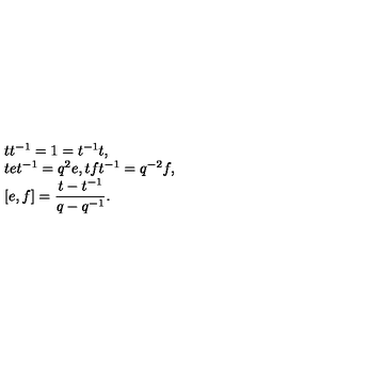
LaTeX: \begin{array} { r c l } { } & { } & { t t ^ { - 1 } = 1 = t ^ { - 1 } t , } \\ { } & { } & { t e t ^ { - 1 } = q ^ { 2 } e , t f t ^ { - 1 } = q ^ { - 2 } f , } \\ { } & { } & { [ e , f ] = \displaystyle \frac { t - t ^ { - 1 } } { q - q ^ { - 1 } } . } \\ \end{array}